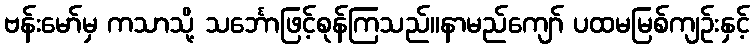
ဗန်းမော်မှ ကသာသို့ သင်္ဘောဖြင့်စုန်ကြသည်။နာမည်ကျော် ပထမမြစ်ကျဉ်းနှင့်